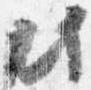
此